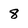
Character: 8